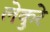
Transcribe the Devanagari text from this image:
लेकुरे